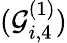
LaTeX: (\mathcal{G}_{i,4}^{(1)})